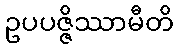
ဥပပဇ္ဇိဿာမီတိ